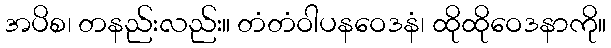
အပိစ၊ တနည်းလည်း။ တံတံဝါပနဝေဒနံ၊ ထိုထိုဝေဒနာကို။